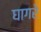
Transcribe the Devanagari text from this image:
घागरे